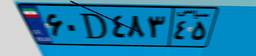
۶۰D۴۸۳۴۵